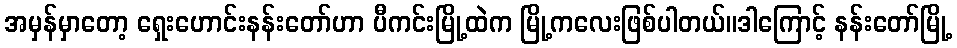
အမှန်မှာတော့ ရှေးဟောင်းနန်းတော်ဟာ ပီကင်းမြို့ထဲက မြို့ကလေးဖြစ်ပါတယ်။ဒါကြောင့် နန်းတော်မြို့